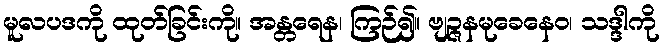
မူလပဒကို ထုတ်ခြင်းကို။ အန္တရေန၊ ကြဉ်၍။ ဗျဉ္ဇနမုခေနေဝ၊ သဒ္ဒါကို